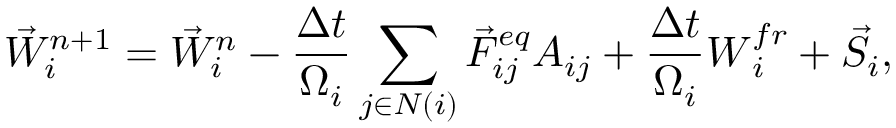
{ \vec { W } } _ { i } ^ { n + 1 } = { \vec { W } } _ { i } ^ { n } - \frac { \Delta t } { \Omega _ { i } } \sum _ { j \in N ( i ) } { { \vec { F } } _ { i j } ^ { e q } { \cal A } _ { i j } } + \frac { \Delta t } { \Omega _ { i } } \boldsymbol { W } _ { i } ^ { f r } + { \vec { S } } _ { i } ,